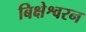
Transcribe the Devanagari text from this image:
बिक्षेश्वरन